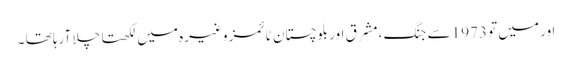
اور میں تو 1973 سے جنگ ،مشرق اور بلوچستان ٹائمز وغیرہ میں لکھتا چلا آرہا تھا ۔